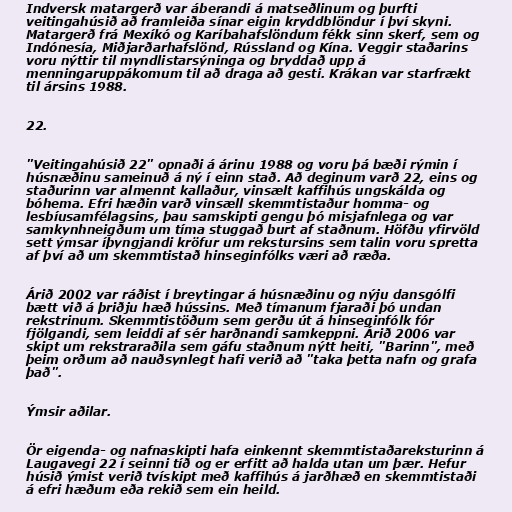
Indversk matargerð var áberandi á matseðlinum og þurfti
veitingahúsið að framleiða sínar eigin kryddblöndur í því skyni.
Matargerð frá Mexíkó og Karíbahafslöndum fékk sinn skerf, sem og
Indónesía, Miðjarðarhafslönd, Rússland og Kína. Veggir staðarins
voru nýttir til myndlistarsýninga og bryddað upp á
menningaruppákomum til að draga að gesti. Krákan var starfrækt
til ársins 1988.

22.

"Veitingahúsið 22" opnaði á árinu 1988 og voru þá bæði rýmin í
húsnæðinu sameinuð á ný í einn stað. Að deginum varð 22, eins og
staðurinn var almennt kallaður, vinsælt kaffihús ungskálda og
bóhema. Efri hæðin varð vinsæll skemmtistaður homma- og
lesbíusamfélagsins, þau samskipti gengu þó misjafnlega og var
samkynhneigðum um tíma stuggað burt af staðnum. Höfðu yfirvöld
sett ýmsar íþyngjandi kröfur um rekstursins sem talin voru spretta
af því að um skemmtistað hinseginfólks væri að ræða.

Árið 2002 var ráðist í breytingar á húsnæðinu og nýju dansgólfi
bætt við á þriðju hæð hússins. Með tímanum fjaraði þó undan
rekstrinum. Skemmtistöðum sem gerðu út á hinseginfólk fór
fjölgandi, sem leiddi af sér harðnandi samkeppni. Árið 2006 var
skipt um rekstraraðila sem gáfu staðnum nýtt heiti, "Barinn", með
þeim orðum að nauðsynlegt hafi verið að "taka þetta nafn og grafa
það".

Ýmsir aðilar.

Ör eigenda- og nafnaskipti hafa einkennt skemmtistaðareksturinn á
Laugavegi 22 í seinni tíð og er erfitt að halda utan um þær. Hefur
húsið ýmist verið tvískipt með kaffihús á jarðhæð en skemmtistaði
á efri hæðum eða rekið sem ein heild.